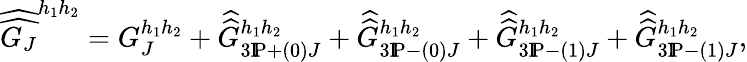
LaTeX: \widehat{\widehat{G_{J}}}^{h_{1}h_{2}}=G_{J}^{h_{1}h_{2}}+\widehat{\widehat{G}}_{3\mathrm{I}\! \mathrm{P}+(0)J}^{h_{1}h_{2}}+\widehat{\widehat{G}}_{3\mathrm{I}\! \mathrm{P}-(0)J}^{h_{1}h_{2}}+\widehat{\widehat{G}}_{3\mathrm{I}\! \mathrm{P}-(1)J}^{h_{1}h_{2}}+\widehat{\widehat{G}}_{3\mathrm{I}\! \mathrm{P}-(1)J}^{h_{1}h_{2}},